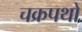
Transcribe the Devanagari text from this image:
चक्रपथों